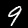
Digit: 9